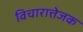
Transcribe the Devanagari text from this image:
विचारात्तेजक